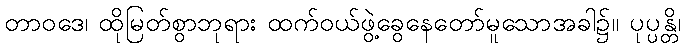
တာဝဒေ၊ ထိုမြတ်စွာဘုရား ထက်ဝယ်ဖွဲ့ခွေနေတော်မူသောအခါ၌။ ပုပ္ပန္တိ၊